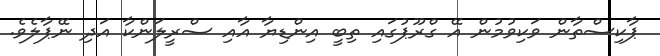
ޕާކިސްތާން ވަކިވުމުން އޭ ގްރޫޕުގައި ތިބީ އިންޑިޔާ އާއި ސްރީލަންކާ އަދި ނޭޕާލެވެ.